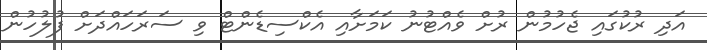
އަދި ރުކުގައި ޖެހުމުން ރުށް ވެއްޓުނު ކަމަށާއި އެކްސިޑެންޓް ވި ސަރަހައްދަށް ފުލުހުން